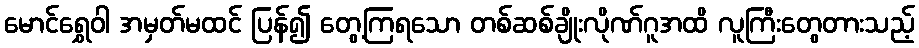
မောင်ရွှေဝါ အမှတ်မထင် ပြန်၍ တွေ့ကြရသော တစ်ဆစ်ချိုးလိုဏ်ဂူအထိ လူကြီးတွေတားသည့်